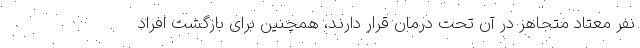
نفر معتاد متجاهر در آن تحت درمان قرار دارند، همچنین برای بازگشت افراد